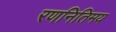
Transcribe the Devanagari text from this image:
रणनितिमय